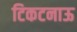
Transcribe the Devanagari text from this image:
टिकटनाऊ